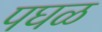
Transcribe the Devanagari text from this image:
पघळ